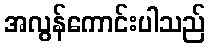
အလွန်ကောင်းပါသည်